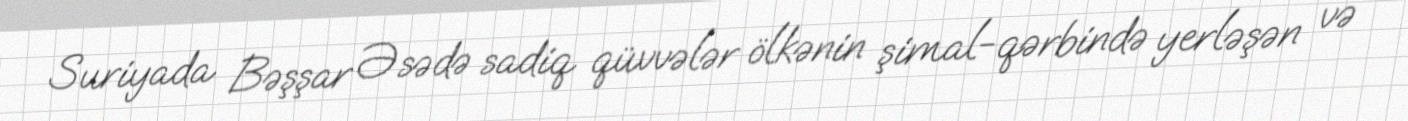
Suriyada Bəşşar Əsədə sadiq qüvvələr ölkənin şimal-qərbində yerləşən və